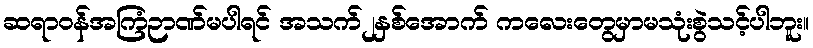
ဆရာဝန်အကြံဉာဏ်မပါရင် အသက်၂နှစ်အောက် ကလေးတွေမှာမသုံးစွဲသင့်ပါဘူး။